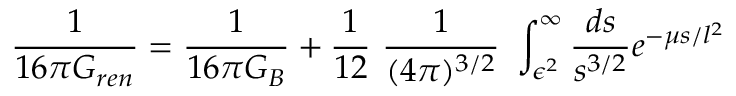
{ \frac { 1 } { 1 6 \pi G _ { r e n } } } = { \frac { 1 } { 1 6 \pi G _ { B } } } + { \frac { 1 } { 1 2 } } ~ { \frac { 1 } { ( 4 \pi ) ^ { 3 / 2 } } } ~ \int _ { \epsilon ^ { 2 } } ^ { \infty } { \frac { d s } { s ^ { 3 / 2 } } } e ^ { - \mu s / l ^ { 2 } }